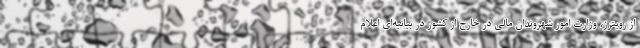
از رویترز، وزارت امور شهروندان مالی در خارج از کشور در بیانیه‌ای اعلام